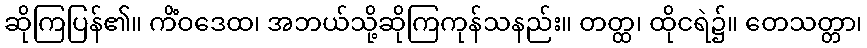
ဆိုကြပြန်၏။ ကိံဝဒေထ၊ အဘယ်သို့ဆိုကြကုန်သနည်း။ တတ္ထ၊ ထိုငရဲ၌။ တေသတ္တာ၊